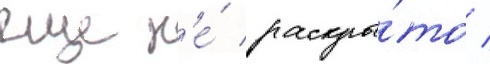
еще н'е́ раскры́то /